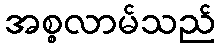
အစ္စလာမ်သည်